Document type: payment_order
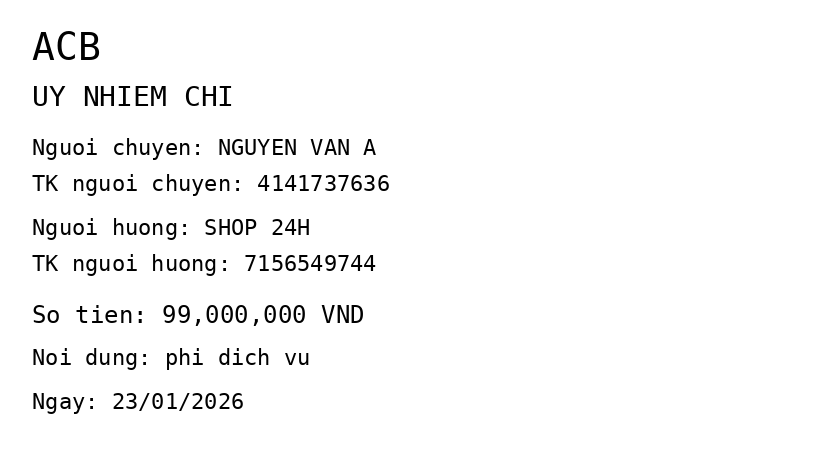
OCR transcript:
ACB
UY NHIEM CHI
Nguoi chuyen: NGUYEN VAN A
TK nguoi chuyen: 4141737636
Nguoi huong: SHOP 24H
TK nguoi huong: 7156549744
So tien: 99,000,000 VND
Noi dung: phi dich vu
Ngay: 23/01/2026
Extracted fields:
bank_name: acb
sender_name: nguyen van a
sender_account: 4141737636
beneficiary_name: shop 24h
beneficiary_account: 7156549744
amount: 99000000
content: phi dich vu
date: 2026-01-23